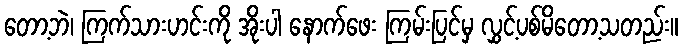
တော့ဘဲ၊ ကြက်သားဟင်းကို အိုးပါ နောက်ဖေး ကြမ်းပြင်မှ လွှင့်ပစ်မိတော့သတည်း။